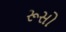
રૂસો